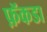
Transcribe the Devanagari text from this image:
फ़ॅकडा